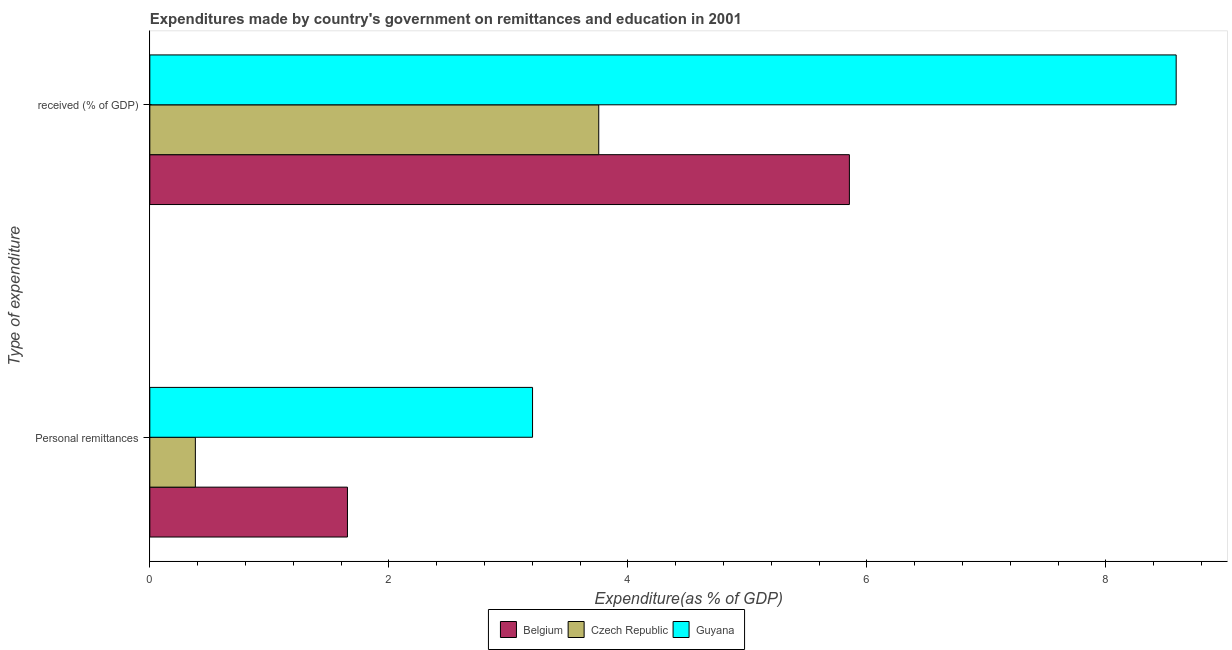
| Type of expenditure | Belgium | Czech Republic | Guyana |
 | --- | --- | --- | --- |
 | Personal remittances | 1.65 | 0.381 | 3.2 |
 |  received (% of GDP) | 5.85 | 3.76 | 8.59 |